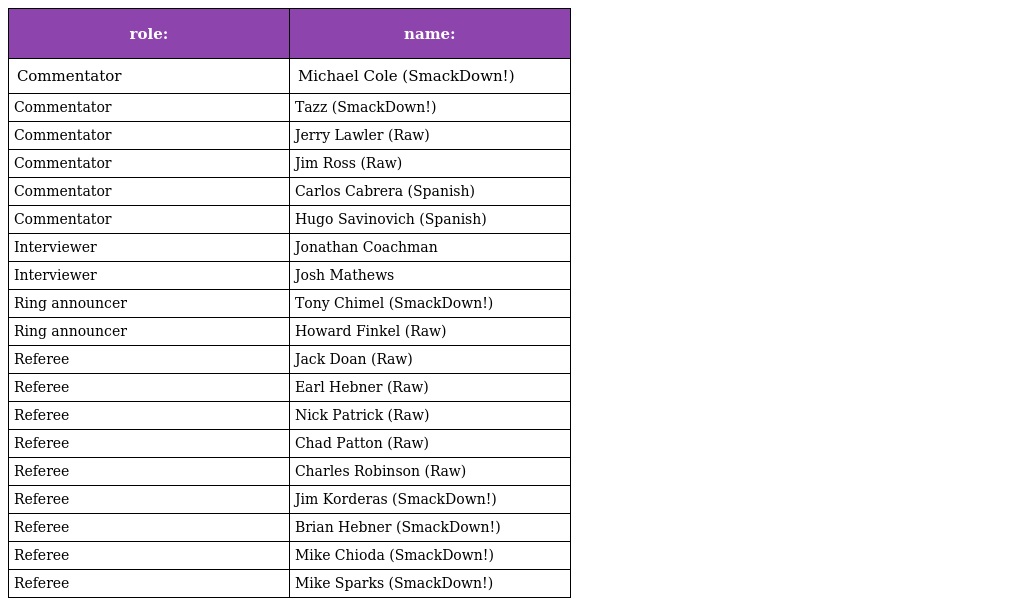
| role: | name: |
 | --- | --- |
 | Commentator | Michael Cole (SmackDown!) |
 | Commentator | Tazz (SmackDown!) |
 | Commentator | Jerry Lawler (Raw) |
 | Commentator | Jim Ross (Raw) |
 | Commentator | Carlos Cabrera (Spanish) |
 | Commentator | Hugo Savinovich (Spanish) |
 | Interviewer | Jonathan Coachman |
 | Interviewer | Josh Mathews |
 | Ring announcer | Tony Chimel (SmackDown!) |
 | Ring announcer | Howard Finkel (Raw) |
 | Referee | Jack Doan (Raw) |
 | Referee | Earl Hebner (Raw) |
 | Referee | Nick Patrick (Raw) |
 | Referee | Chad Patton (Raw) |
 | Referee | Charles Robinson (Raw) |
 | Referee | Jim Korderas (SmackDown!) |
 | Referee | Brian Hebner (SmackDown!) |
 | Referee | Mike Chioda (SmackDown!) |
 | Referee | Mike Sparks (SmackDown!) |